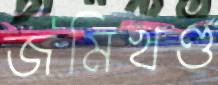
জমিখণ্ড